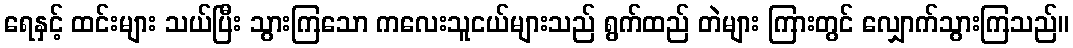
ရေနှင့် ထင်းများ သယ်ပြီး သွားကြသော ကလေးသူငယ်များသည် ရွက်ထည် တဲများ ကြားတွင် လျှောက်သွားကြသည်။